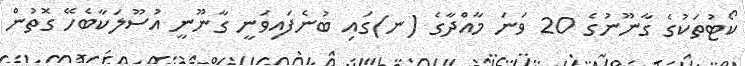
ކޯޓުތަކުގެ ގާނޫނުގެ 20 ވަނަ މާއްދާގެ (ނ)ގައި ބުނެފައިވަނީ ގާނޫނީ އުސޫލަކާބެހޭ ގޮތުން